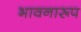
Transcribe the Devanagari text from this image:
भावनारूप